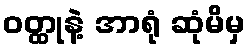
ဝတ္ထုနဲ့ အာရုံ ဆုံမိမှ